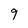
Character: 9